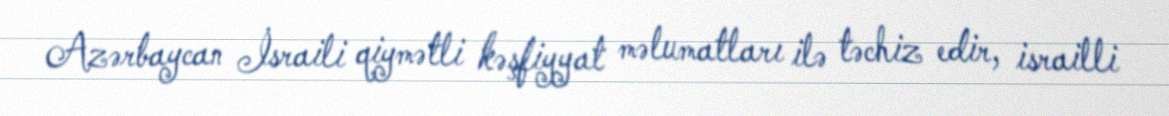
Azərbaycan İsraili qiymətli kəşfiyyat məlumatları ilə təchiz edir, israilli